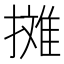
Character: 𱠷